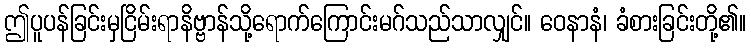
ဤပူပန်ခြင်းမှငြိမ်းရာနိဗ္ဗာန်သို့ရောက်ကြောင်းမဂ်သည်သာလျှင်။ ဝေနာနံ၊ ခံစားခြင်းတို့၏။